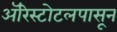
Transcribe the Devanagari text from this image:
ॲरिस्टोटलपासून